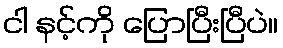
ငါ နင့်ကို ပြောပြီးပြီပဲ။